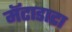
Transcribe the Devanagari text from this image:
मॅटाडाटा